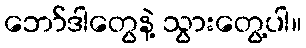
ဘော်ဒါတွေနဲ့ သွားတွေ့ပါ။